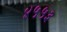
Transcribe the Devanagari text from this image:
४५५३